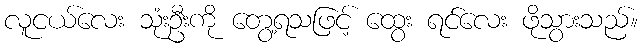
လူငယ်လေး သုံးဦးကို တွေ့ရသဖြင့် ထွေး ရင်လေး ဖိုသွားသည်။